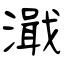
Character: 濈